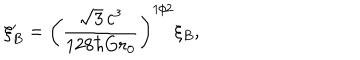
\xi _ { B } ^ { \prime } = \left( \frac { \sqrt 3 \, c ^ { 3 } } { 1 2 8 \hbar G r _ { 0 } } \right) ^ { 1 / 2 } \xi _ { B } ,